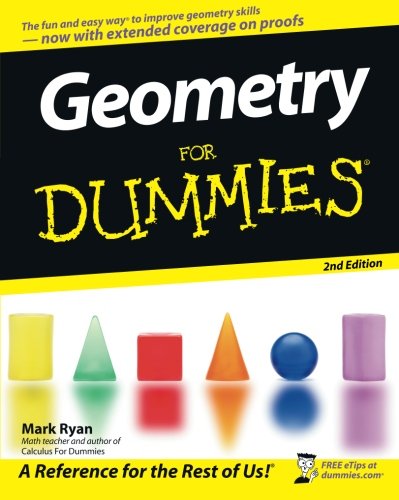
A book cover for Geometry For Dummies; Mark Ryan; Science & Math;